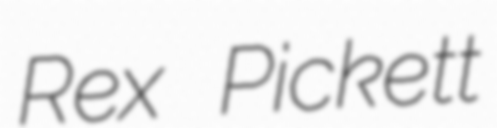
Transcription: Rex Pickett